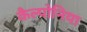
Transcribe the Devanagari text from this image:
कैल्पोनिया